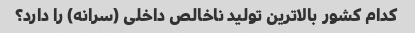
کدام کشور بالاترین تولید ناخالص داخلی (سرانه) را دارد؟